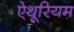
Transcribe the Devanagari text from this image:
ऐथूरियम